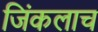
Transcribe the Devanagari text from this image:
जिंकलाच